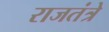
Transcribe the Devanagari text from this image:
राजतंत्रे